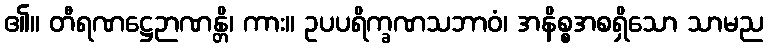
၏။ တီရဏဋ္ဌေဉာဏန္တိ၊ ကား။ ဥပပရိက္ခဏသဘာဝံ၊ အနိစ္စအစရှိသော သာမည